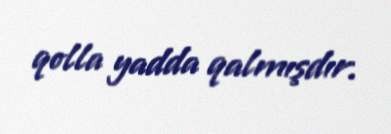
qolla yadda qalmışdır.